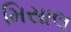
મિસાલ